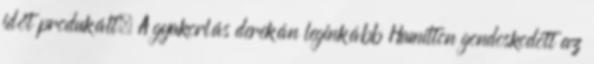
időt produkált. A gyakorlás derekán leginkább Hamilton gondoskodott az